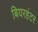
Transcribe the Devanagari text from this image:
बियरहंटर